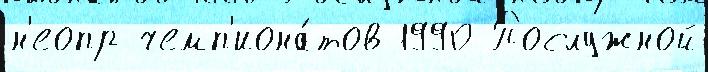
н'еопр чемп'иона́тов 1990 Послужной